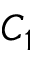
C _ { 1 }